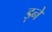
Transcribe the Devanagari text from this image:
ड़ने